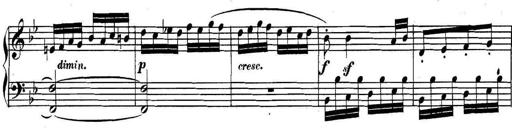
Title: Collected Piano Sonatas
Composer: Muzio Clementi